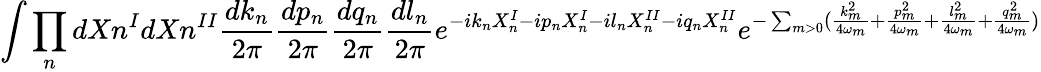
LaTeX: \int\prod_{n}dX{n}^{I}dX{n}^{II}\frac{dk_{n}}{2\pi}\frac{dp_{n}}{2\pi}\frac{dq_{n}}{2\pi}\frac{dl_{n}}{2\pi}e^{-ik_{n}X_{n}^{I}-ip_{n}X_{n}^{I}-il_{n}X_{n}^{II}-iq_{n}X_{n}^{II}}e^{-\sum_{m>0}(\frac{k_{m}^{2}}{4\omega_{m}}+\frac{p_{m}^{2}}{4\omega_{m}}+\frac{l_{m}^{2}}{4\omega_{m}}+\frac{q_{m}^{2}}{4\omega_{m}})}